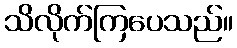
သိလိုက်ကြပေသည်။